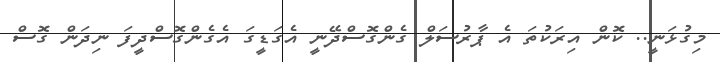
މިގުޅަނީ.. ކޮން އިރަކުތަ އެ ޕާރުސަލް ގެންގޮސްދޭނީ އެގަޑީގަ އެގެންގޮސްދީފަ ނިދަން ގޮސް